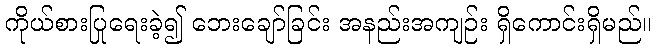
ကိုယ်စားပြုရေးခဲ့၍ ဘေးချော်ခြင်း အနည်းအကျဉ်း ရှိကောင်းရှိမည်။